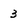
Character: 3